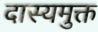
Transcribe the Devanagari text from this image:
दास्यमुक्त